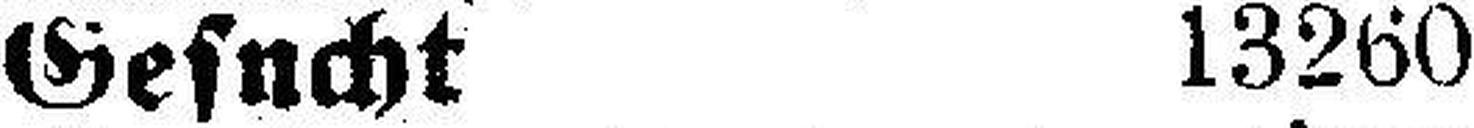
Gesucht 13260